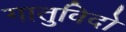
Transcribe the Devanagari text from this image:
गातुविदो